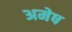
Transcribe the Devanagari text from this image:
अमेष